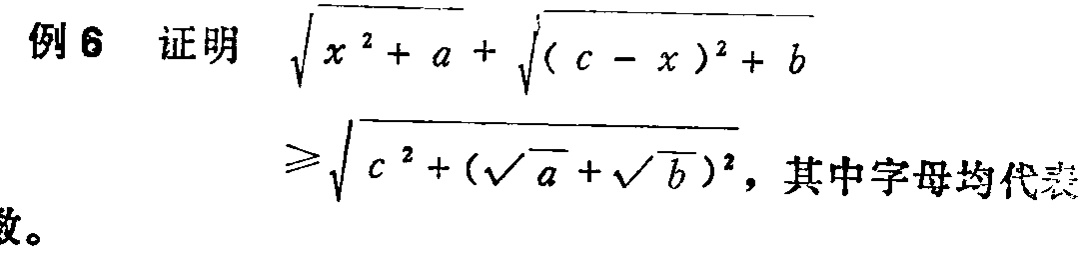
例 6 证明 $\sqrt{x^{2}+a}+\sqrt{(c - x)^{2}+b}$
$\geqslant\sqrt{c^{2}+(\sqrt{a}+\sqrt{b})^{2}}$，其中字母均代表数。